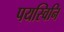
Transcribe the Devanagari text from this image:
पयस्विनि